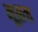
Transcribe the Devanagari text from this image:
मूळच